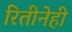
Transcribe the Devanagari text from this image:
रितीनेही